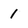
Character: 1